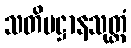
သတိပဋ္ဌာနသုတ္တံ